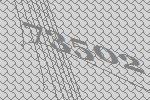
73502